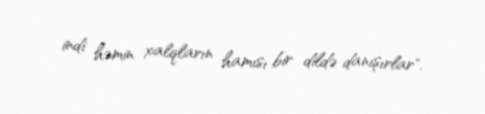
indi həmin xalqların hamısı bir dildə danışırlar".